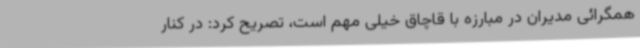
همگرائی مدیران در مبارزه با قاچاق خیلی مهم است، تصریح کرد: در کنار